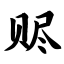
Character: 赆